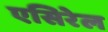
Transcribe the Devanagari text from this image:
एसिरेल